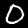
Label: 0